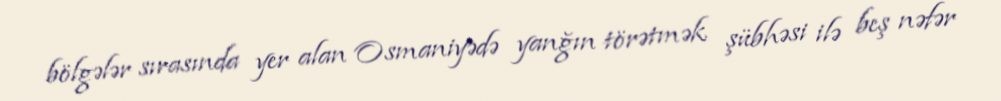
bölgələr sırasında yer alan Osmaniyədə yanğın törətmək şübhəsi ilə beş nəfər